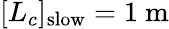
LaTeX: [L_{c}]_{\mathrm{slow}}=1\ \mathrm{m}